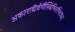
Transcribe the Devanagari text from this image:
अकाराद्यैर्वर्णैस्त्रिभिरभिदधत्